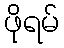
ဖိုရမ်